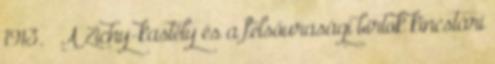
1913. – A Zichy-kastély és a felsőurasági birtok kincstári